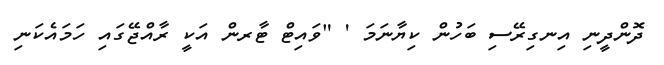
ދޮންދީނި އިނގިރޭސި ބަހުން ކިޔާނަމަ ' "ވައިޓް ޓާރން އަކީ ރާއްޖޭގައި ހަމައެކަނި